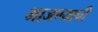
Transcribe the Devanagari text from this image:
भाजण्याची